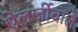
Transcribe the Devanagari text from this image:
ऐलर्जीवाले